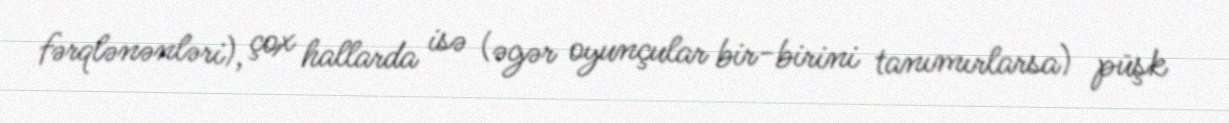
fərqlənənləri), çox hallarda isə (əgər oyunçular bir-birini tanımırlarsa) püşk